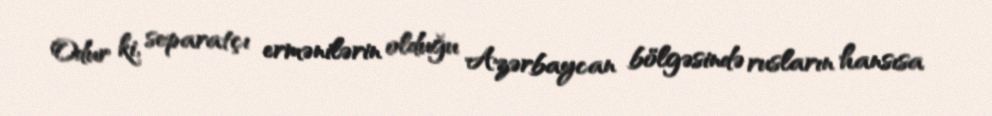
Odur ki, separatçı ermənilərin olduğu Azərbaycan bölgəsində rusların hansısa